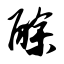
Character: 酴